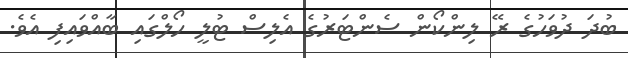
ބުދަ ދުވަހުގެ ރޭ ލިންކޯން ސެންޓަރުގެ އެލިސް ޓުލީ ހޯލްގައި ބާއްވައިފި އެވެ.